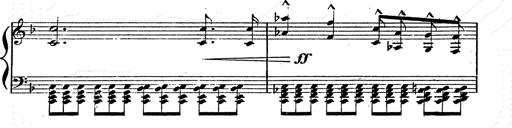
Title: Franz Schuberts geistliche Lieder
Composer: Franz Liszt